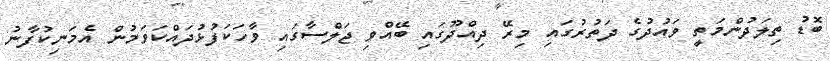
ބޮޑު ތިލަދުންމަތީ ވައުދުގެ ދަތުރުގައި މިރޭ ދިއްދޫގައި ބޭއްވި ޖަލްސާގައި ވާހަކަފުޅުދައްކަވަމުން އެމަނިކުފާނު